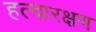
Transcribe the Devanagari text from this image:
हत्वारक्षण